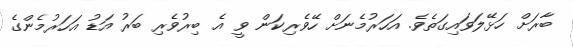
ބާރަށް ހަޅޭލަވައިގަތެވެ. އަހަރުމެނަށް ހޭވެރިކަން ވީ އެ ބިރުވެރި ބަރު އަޑު އަހަރުމެންގެ